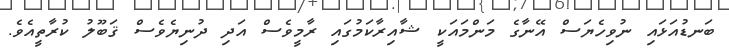
ބަނޑުއަޅައި ނުވިހެޔަސް އޭނާގެ މަންމައަކީ ޝާއިރާކަމުގައި ރާމީވެސް އަދި ދުނިޔެވެސް ޤަބޫލު ކުރާތީއެވެ.